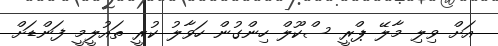
އަށް ވިލި މާލޭ ޕްރީ ސްކޫލް ހިންގުން ހަވާލު ކުރީ ތައުލީމީ ފަންޑަށް